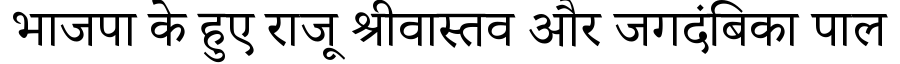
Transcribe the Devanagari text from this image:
भाजपा के हुए राजू श्रीवास्तव और जगदंबिका पाल